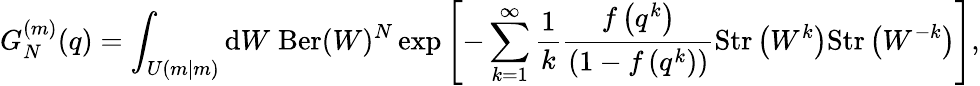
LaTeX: G_{N}^{(m)}(q)=\int_{U(m|m)}{\mathrm{d}}W\; {\mathrm{Ber}}(W)^{N}\exp\left[-\sum_{k=1}^{\infty}\frac{1}{k}\frac{f\left(q^{k}\right)}{\left(1-f\left(q^{k}\right)\right)}{\mathrm{Str}}\left(W^{k}\right){\mathrm{Str}}\left(W^{-k}\right)\right],